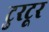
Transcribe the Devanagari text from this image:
टुरटूर